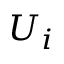
U _ { i }